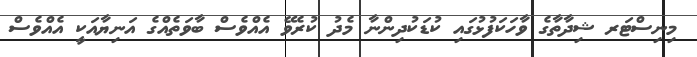
މިނިސްޓަރ ޝިދާތާގެ ވާހަކަފުޅުގައި ކުޑަކުދިންނާ މެދު ކުރެވޭ އެއްވެސް ބާވަތެއްގެ އަނިޔާއަކީ އެއްވެސް